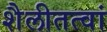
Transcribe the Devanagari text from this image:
शैलीतत्वां